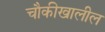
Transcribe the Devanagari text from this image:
चौकीखालील